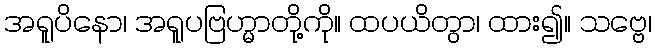
အရူပိနော၊ အရူပဗြဟ္မာတို့ကို။ ထပယိတွာ၊ ထား၍။ သဗ္ဗေ၊